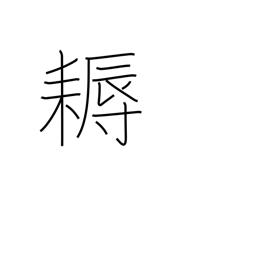
Meaning: hoe